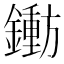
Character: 𬬐